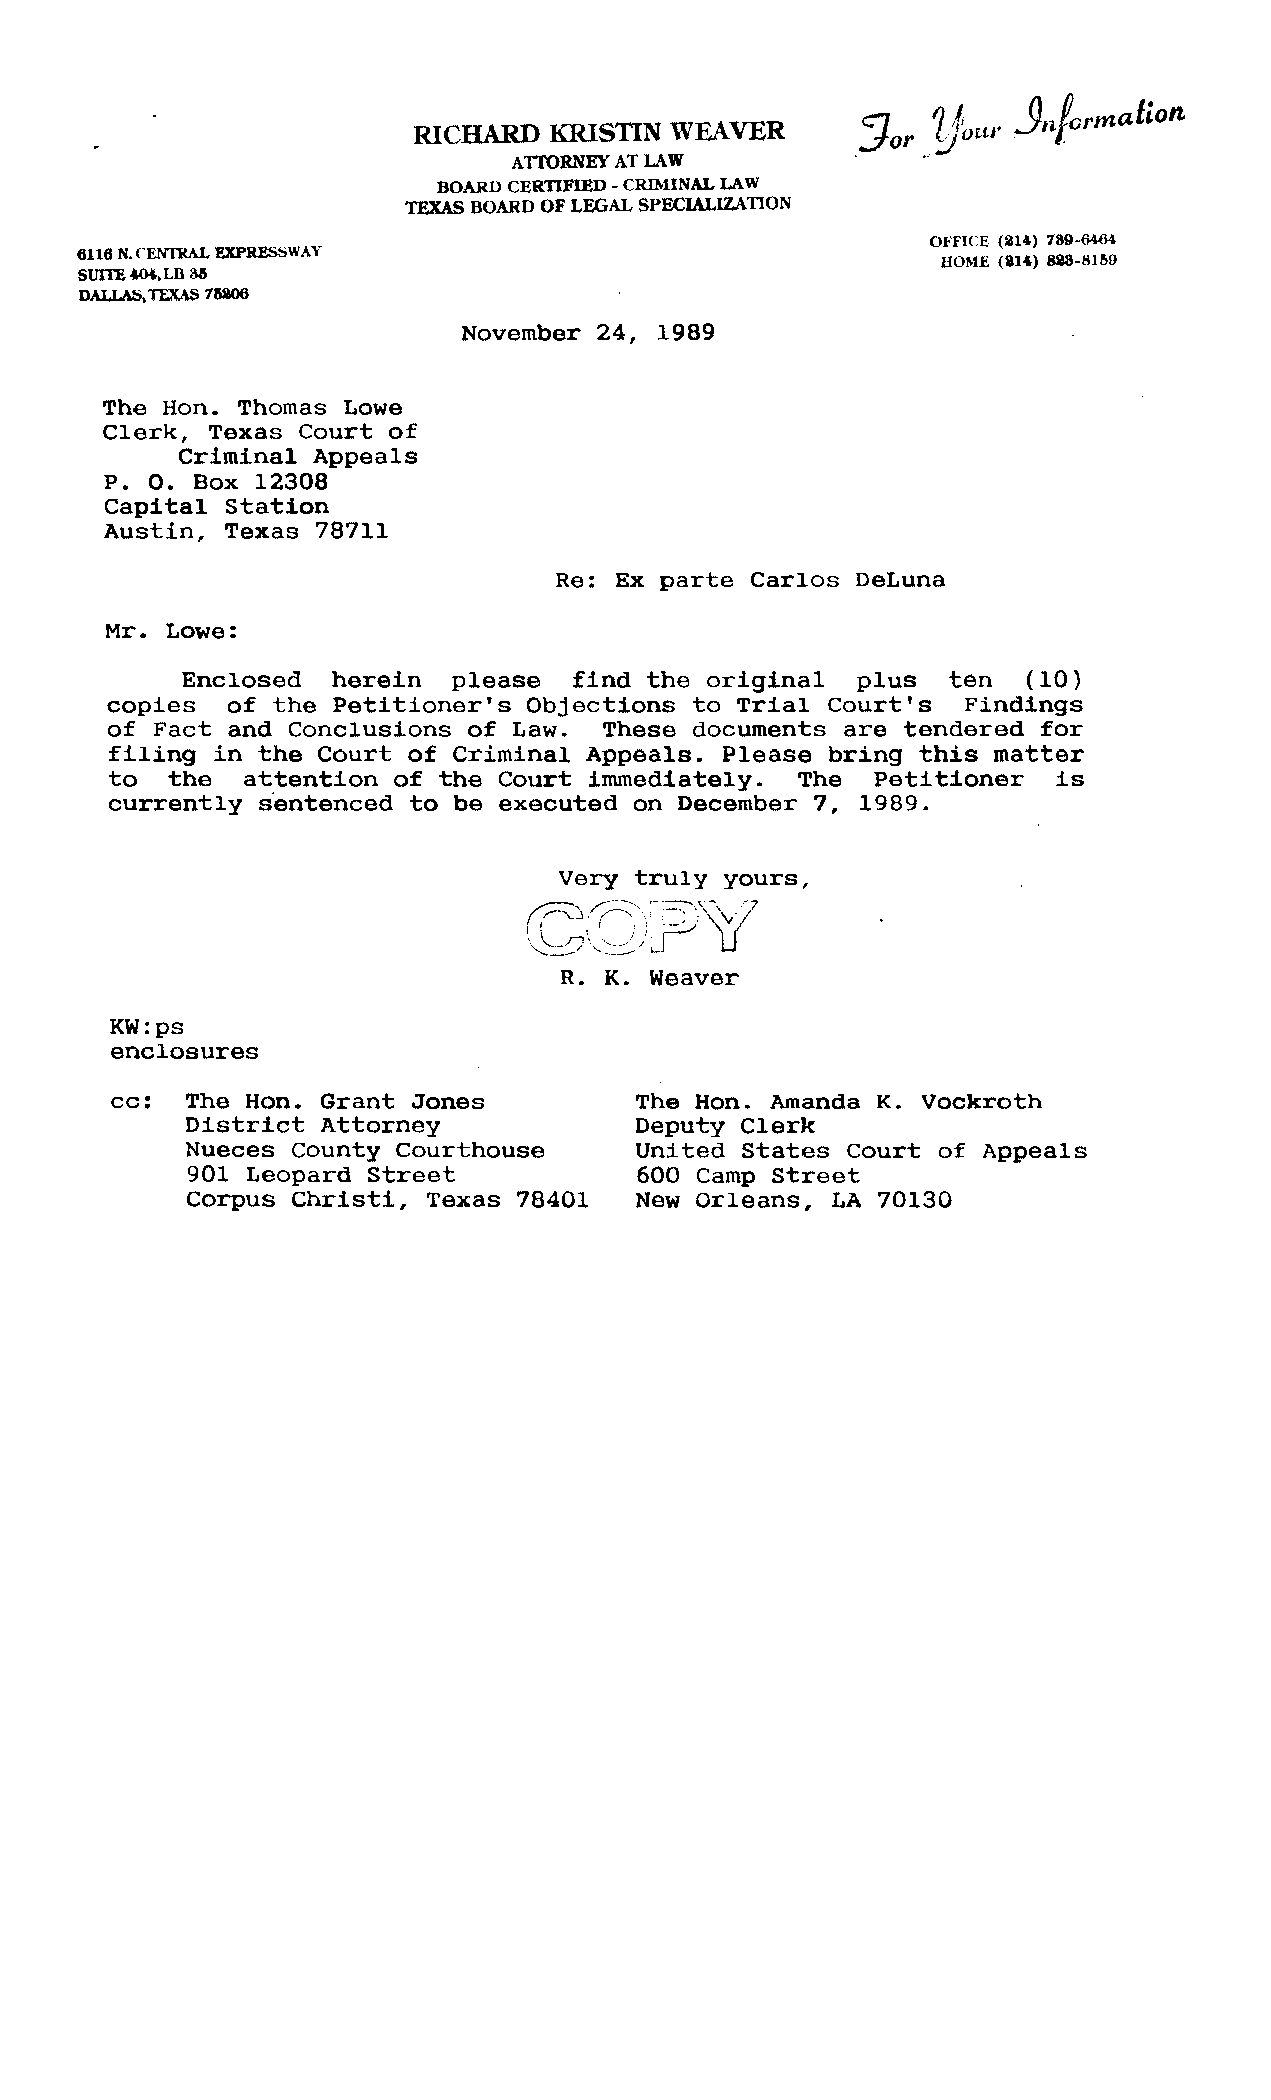
RICHARD  KRISTIN WEAVER
 ATIORNEY AT LAW
 BOARD CERTIFIED -CRIMINAL LAW
 TEXAS BOARD OF LEGAL SPECIALIZATION
 OFFICE (214) 139-6464
 6116 N. CENTI«AL EXPRESSWAY
 HOME (liIl4) 823-8159
 SUITE 404, LB 311
 DALLAS, TEXAS 115206
 November 24, 1989
 The Hon. Thomas Lowe
 Clerk, Texas Court of
 Criminal Appeals
 P. O. Box 12308
 Capital Station
 Austin, Texas 78711
 Re: Ex parte Carlos DeLuna
 Mr. Lowe:
 Enclosed  herein  please  find the original  plus  ten  (10)
 copies  of the Petitioner's Objections to Trial Court's  Findings
 of Fact and Conclusions of Law.  These documents are tendered for
 filing in the Court of Criminal Appeals. Please bring this matter
 to  the  attention of the Court immediately.  The  Petitioner  is
 currently sentenced to be executed on December 7, 1989.
 Very truly yours,
 R. K. Weaver
 KW:ps
 enclosures
 cc:  The Hon. Grant Jones          The Hon. Amanda K. Vockroth
 District Attorney             Deputy Clerk
 Nueces County Courthouse      United States Court of Appeals
 901 Leopard Street            600 Camp Street
 Corpus Christi, Texas 78401   New Orleans, LA 70130